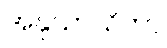
အနုသာသိကာ